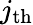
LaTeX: j_{\mathrm{th}}